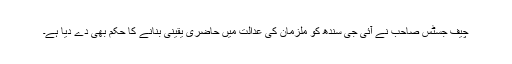
چیف جسٹس صاحب نے آئی جی سندھ کو ملزمان کی عدالت میں حاضری یقینی بنانے کا حکم بھی دے دیا ہے۔